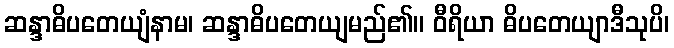
ဆန္ဒာဓိပတေယျံနာမ၊ ဆန္ဒာဓိပတေယျမည်၏။ ဝီရိယာ ဓိပတေယျာဒီသုပိ၊